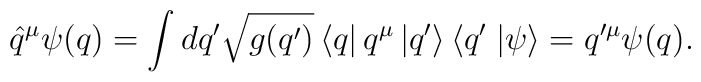
\hat{q}^{\mu}\psi(q)=\int dq' \sqrt{g(q')}\left\langle q \right|q^{\mu}\left| q'\right\rangle \left\langle q' \right.\left|\psi \right\rangle=q'^{\mu}\psi(q).